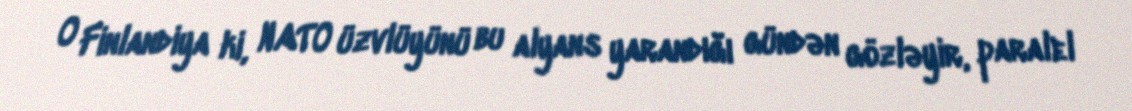
O Finlandiya ki, NATO üzvlüyünü bu alyans yarandığı gündən gözləyir, paralel